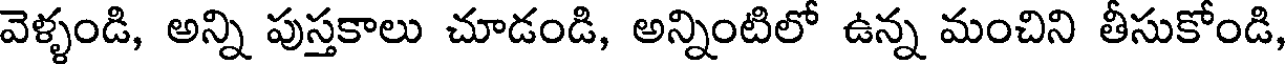
వెళ్ళండి, అన్ని పుస్తకాలు చూడండి, అన్నింటిలో ఉన్న మంచిని తీసుకోండి,